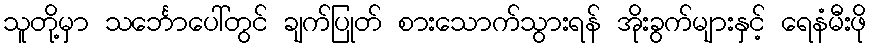
သူတို့မှာ သင်္ဘောပေါ်တွင် ချက်ပြုတ် စားသောက်သွားရန် အိုးခွက်များနှင့် ရေနံမီးဖို